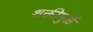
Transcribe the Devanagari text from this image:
शक्तीमुळें